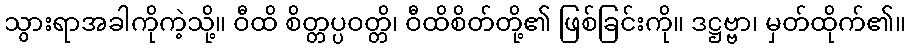
သွားရာအခါကိုကဲ့သို့။ ဝီထိ စိတ္တပ္ပဝတ္တိ၊ ဝီထိစိတ်တို့၏ ဖြစ်ခြင်းကို။ ဒဋ္ဌဗ္ဗာ၊ မှတ်ထိုက်၏။